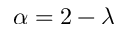
\alpha = 2 - \lambda